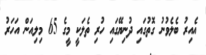
އެއިރު ބެލެވުނު ގޮތުގައި ދުނިޔޭގައި ހުރި ތެލަކީ މީގެ 65 މިލިއަން އަހަރު